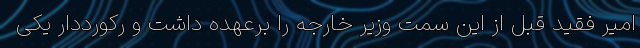
امیر فقید قبل از این سمت وزیر خارجه را برعهده داشت و رکورددار یکی